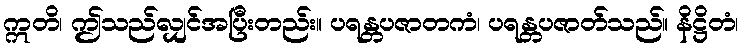
ဣတိ၊ ဤသည်လျှင်အပြီးတည်း။ ပရန္တပဇာတကံ၊ ပရန္တပဇာတ်သည်။ နိဋ္ဌိတံ၊